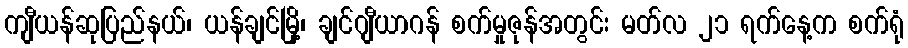
ကျီယန်ဆုပြည်နယ်၊ ယန်ချင်မြို့၊ ချင်ဂျီယာဂန် စက်မှုဇုန်အတွင်း မတ်လ ၂၁ ရက်နေ့က စက်ရုံ